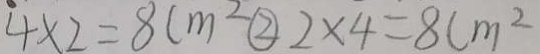
4 \times 2 = 8 c m ^ { 2 } \textcircled { 2 } 2 \times 4 = 8 c m ^ { 2 }